Lunatic asylums Madras 1892-1911 - 1892-1911
Year: 1892
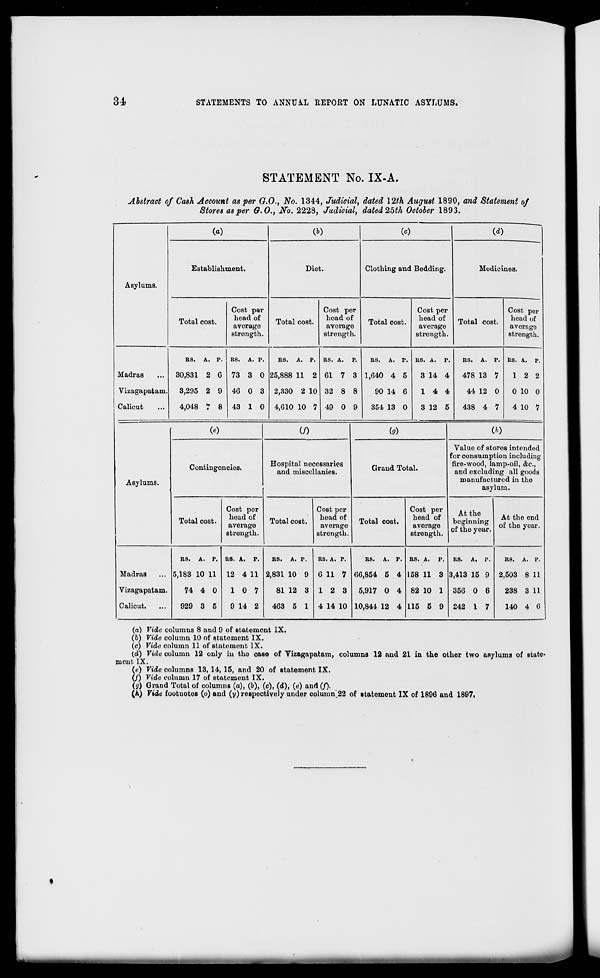
34
STATEMENTS TO ANNUAL REPORT ON LUNATIC ASYLUMS.
STATEMENT No. IX-A.
Abstract of Cash Account as per G.O., No. 1344, Judicial, dated 12th August 1890, and Statement of
Stores as per 6.O., No. 2228, Judicial, dated 25th October 1893.
Asylums.
(a)
Establishment.
Total cost.
Cost par
head of
average
strength.
0)
Diet.
Total cost.
Cost per
head of
average
strength.
00
(d)
Clothing and Bedding.
Total cost.
Madras
Vizagapatam
Calicut
BS. A. P.
30,831 2 G
3,295 2 9
4,048 H 8
RS. A. P.
73 3 0
46 0 3
43 1 0
BS. A. P.
25,888 11 2
2,330 2 10
4,610 10 7
as. A. p.
61 7 3
32 8 8
49 0 9
BS. A. P.
1,640 4 5
90 14 6
354 13 0
Cost per
head of
average
strength.
Medicines.
Total cost.
US. A. p.
3 14 4
1 4 4
3 12 5
BS. A. P.
478 13 7
44 12 0
438 4 7
Cost per
head of
average
strength.
Rs. A. p.
12 2
0 10 0
4 10 7
Asylums.
00
Contingencies.
Total cost.
Cost per
head of
average
strength.
(/)
00
Hospital necessaries
and miscellanies.
Total cost.
Grand Total.
Cost per
head of
avei'age
strength.
Total cost.
Cost per
head of
average
strength.
CO
Value of stores intended
for consumption including
fire-wood, lamp-oil, &c,
and excluding all goods
manufactured in the
asylum.
At the
beginning
of the yoar.
At the end
of the year.
Madras
Vizagapatam.
Calient.
BS. A. P.
5,183 10 11
74 4 0
929 3 5
RS. A. P.
12 4 11
1 0 7
9 14 2
BS. A. p.
RS. A. P.
2,831 10 9 6 11 7
81 12 3 12 3
463 5 1 4 14 10
BS. A. p.
60,854 5 4
5,917 0 4
10,844 12 4
BS. A.
p.
158 11 s :
82 10 i
115 5 9
RS. A. P.
3,413 15 9
356 0 6
242 I 7
BS. A. P.
2,503 8 11
238 3 11
140 4 6
(n) Vide columns 8 and 9 of statement IX.
(b) Vide column 10 of statement IX.
(c) Vide column 11 of statement IX.
(d) Vide column 12 only in the oase of Vizagapatam, columns 12 and 21 in the other two asylums of state-
ment IX.
(e) Vide columns 13, 14, 15, and 20 of statement IX.
(/) Vide column 17 of statement IX.
(y) Grand Total of columns (a), (6), (c), (d), (e) and (/).
(ft) Vide footuotes (o) and (y) respectively under column.22 of statement IX of 1896 and 1897i
i